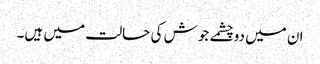
ان میں دوچشمے جوش کی حالت میں ہیں۔